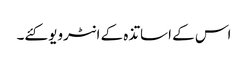
اس کے اساتذہ کے انٹرویو کئے۔